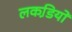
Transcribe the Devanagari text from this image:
लकडि़यों